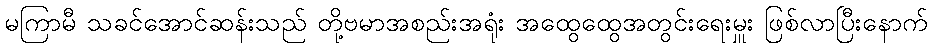
မကြာမီ သခင်အောင်ဆန်းသည် တို့ဗမာအစည်းအရုံး အထွေထွေအတွင်းရေးမှူး ဖြစ်လာပြီးနောက်